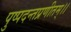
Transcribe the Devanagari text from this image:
पुष्पदन्तप्रणीतम्।।